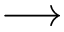
\longrightarrow